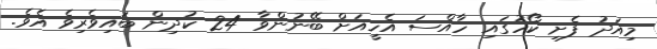
މިއަދު ފެށި ކޯހުގައި ހާއްސަ އެހީއަށް ބޭނުންވާ 24 ކުދިން ބައިވެރިވެ އެވެ.